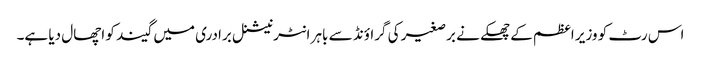
اس رٹ کو وزیر اعظم کے چھکے نے برصغیر کی گراؤنڈ سے باہر انٹرنیشنل برادری میں گیند کو اچھال دیا ہے۔